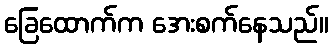
ခြေထောက်က အေးစက်နေသည်။